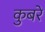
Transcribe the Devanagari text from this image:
कुबरे